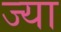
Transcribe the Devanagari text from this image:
ज्‍या